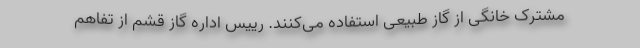
مشترک خانگی از گاز طبیعی استفاده می‌کنند. رییس اداره گاز قشم از تفاهم